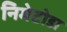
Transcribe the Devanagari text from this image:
निमेटोडा